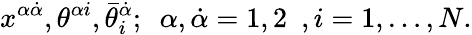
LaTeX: x^{\alpha\dot{\alpha}},\theta^{\alpha i},\bar{\theta}_{i}^{\dot{\alpha}};\ \ \alpha,\dot{\alpha}=1,2\ \ ,i=1,\dots,N.